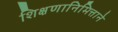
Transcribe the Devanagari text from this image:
शिक्षणानिमित्ताने